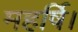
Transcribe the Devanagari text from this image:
महर्षि।